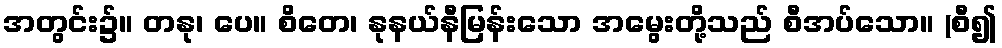
အတွင်း၌။ တနု၊ ပေ။ စိတေ၊ နုနယ်နီမြန်းသော အမွေးတို့သည် စီအပ်သော။ (စီ၍